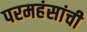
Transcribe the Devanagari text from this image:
परमहंसांची